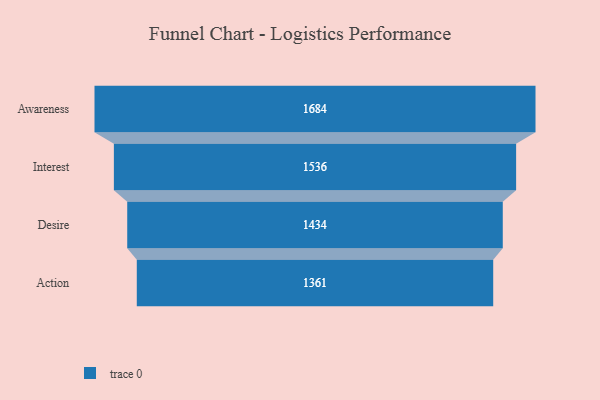
{"axis": {"x": "Stage", "y": "Value"}, "legend": [""], "data": [{"x": "Awareness", "y": 1684.0, "type": ""}, {"x": "Interest", "y": 1536.0, "type": ""}, {"x": "Desire", "y": 1434.0, "type": ""}, {"x": "Action", "y": 1361.0, "type": ""}]}